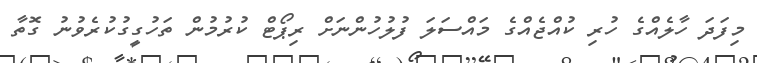
މިފަދަ ހާލެއްގެ ހުރި ކުއްޖެއްގެ މައްސަލަ ފުލުހުންނަށް ރިޕޯޓް ކުރުމުން ތަހުގީގުކުރެވުނު ގޮތާ